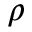
\rho